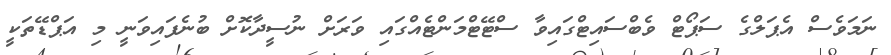
ނަމަވެސް އެޕަލްގެ ސަޕޯޓް ވެބްސައިޓްގައިވާ ސްޓޭޓްމަންޓެއްގައި ވަރަށް ނުސީދާކޮށް ބުނެފައިވަނީ މި އަޕްޑޭތަކީ